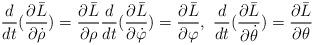
LaTeX: \begin{align*}\frac{d}{dt}(\frac{\partial\bar{L}}{\partial\dot{\rho}})=\frac{\partial\bar{L}}{\partial\rho}\frac{d}{dt}(\frac{\partial\bar{L}}{\partial\dot{\varphi}})=\frac{\partial\bar{L}}{\partial\varphi},\text{\ }\frac{d}{dt}(\frac{\partial\bar{L}}{\partial\dot{\theta}})=\frac{\partial\bar{L}}{\partial\theta} \end{align*}